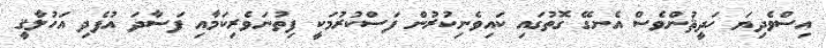
އިސްވެދިޔަ ހަދީޘުންވެސް އެނގޭ ގޮތުގައި ކައިވެނިކުރުން ފަސްކުރުމަކީ ފިތުނަވެރިކަމާއި ފަސާދަ އުފެދި އަހުލާޤީ